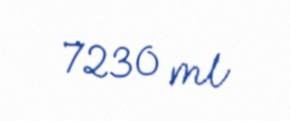
7230 ml